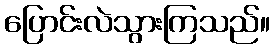
ပြောင်းလဲသွားကြသည်။